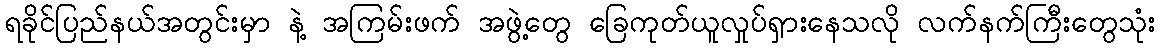
ရခိုင်ပြည်နယ်အတွင်းမှာ နဲ့ အကြမ်းဖက် အဖွဲ့တွေ ခြေကုတ်ယူလှုပ်ရှားနေသလို လက်နက်ကြီးတွေသုံး